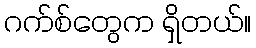
ဂက်စ်တွေက ရှိတယ်။